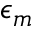
\epsilon _ { m }